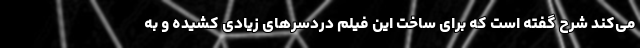
می‌کند شرح گفته است که برای ساخت این فیلم دردسرهای زیادی کشیده و به